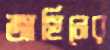
জাহিনের